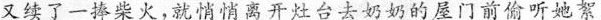
又续了一捧柴火，就悄悄离开灶台去奶奶的屋门前偷听她系